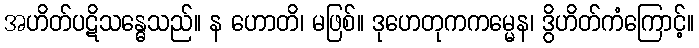
အဟိတ်ပဋိသန္ဓေသည်။ န ဟောတိ၊ မဖြစ်။ ဒုဟေတုကကမ္မေန၊ ဒွိဟိတ်ကံကြောင့်။